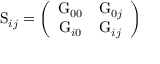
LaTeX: \mathrm { S } _ { i j } = \left( \begin{array} { c c } { { \mathrm { G } _ { 0 0 } } } & { { \mathrm { G } _ { 0 j } } } \\ { { \mathrm { G } _ { i 0 } } } & { { \mathrm { G } _ { i j } } } \end{array} \right)